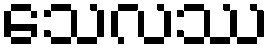
သေလဿ